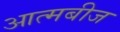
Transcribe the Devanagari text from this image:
आत्मबीज